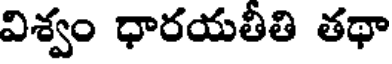
విశ్వం ధారయతీతి తథా